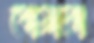
ধোয়াবো